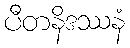
ပီတနိဒဿနံ